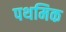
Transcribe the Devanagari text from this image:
पथमिक